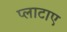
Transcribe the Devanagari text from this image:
प्लाटाए